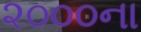
૨૦૦૦ના